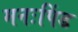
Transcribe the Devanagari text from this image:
मनःपिंड